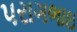
પરાગભાઇ